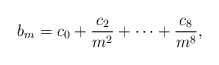
\begin{align*}b_m = c_0 + \frac{c_2}{m^2} + \cdots + \frac{c_8}{m^8},\end{align*}